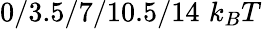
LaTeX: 0/3.5/7/10.5/14\, \, k_{B}T